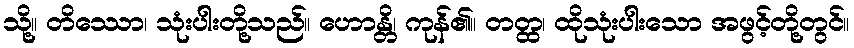
သို့။ တိဿော၊ သုံးပါးတို့သည်။ ဟောန္တိ၊ ကုန်၏။ တတ္ထ၊ ထိုသုံးပါးသော အဖွင့်တို့တွင်။